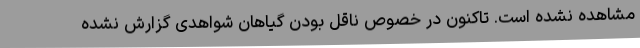
مشاهده نشده است. تاکنون در خصوص ناقل بودن گیاهان شواهدی گزارش نشده